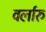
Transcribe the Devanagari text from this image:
वर्लारु